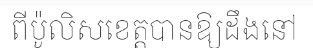
ពីប៉ូលិសខេត្តបានឱ្យដឹងនៅ